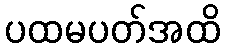
ပထမပတ်အထိ